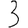
Digit: 3